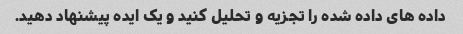
داده های داده شده را تجزیه و تحلیل کنید و یک ایده پیشنهاد دهید.